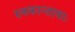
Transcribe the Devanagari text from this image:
स्वकान्तायाः